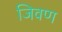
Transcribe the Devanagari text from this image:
जिवण